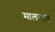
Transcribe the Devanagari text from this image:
मालवातु